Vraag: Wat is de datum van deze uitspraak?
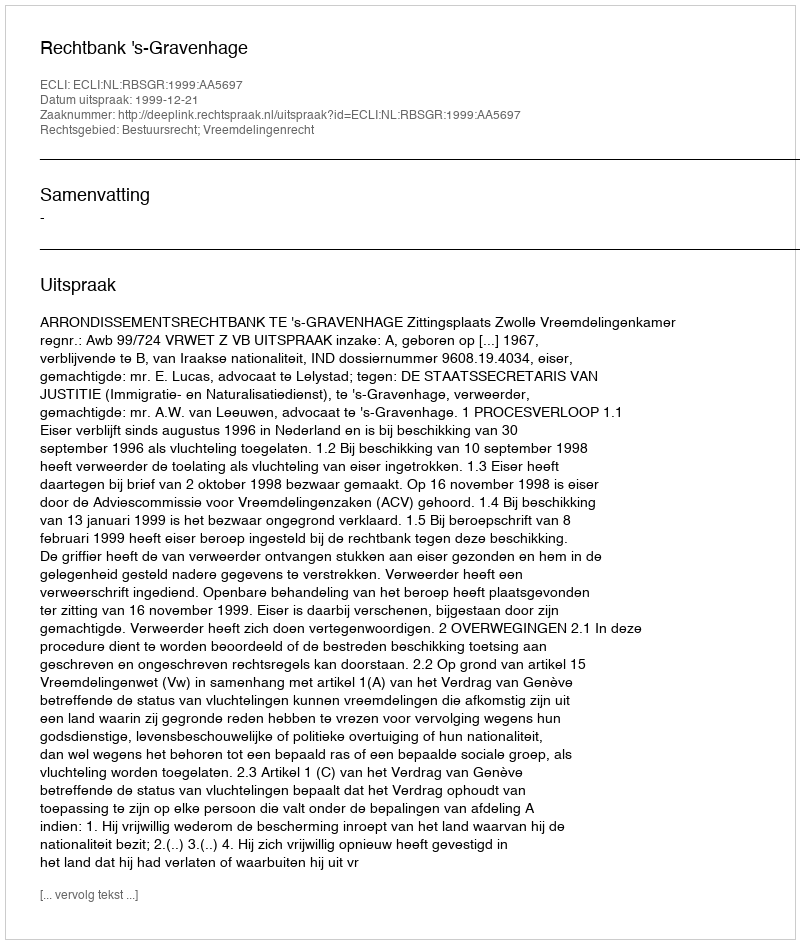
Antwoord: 1999-12-21